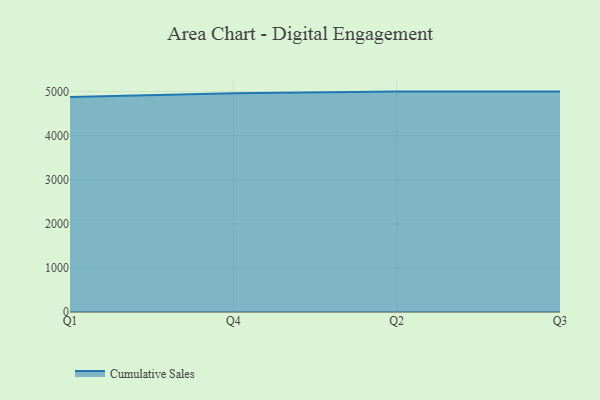
{"axis": {"x": "Quarter", "y": "Headcount"}, "legend": ["Cumulative Sales"], "data": [{"x": "Q1", "y": 4877.3, "type": "Cumulative Sales"}, {"x": "Q4", "y": 4964.2, "type": "Cumulative Sales"}, {"x": "Q2", "y": 5000, "type": "Cumulative Sales"}, {"x": "Q3", "y": 5000, "type": "Cumulative Sales"}]}